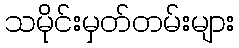
သမိုင်းမှတ်တမ်းများ